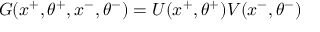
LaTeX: G ( x ^ { + } , \theta ^ { + } , x ^ { - } , \theta ^ { - } ) = U ( x ^ { + } , \theta ^ { + } ) V ( x ^ { - } , \theta ^ { - } )